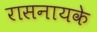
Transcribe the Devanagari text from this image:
रासनायके